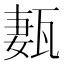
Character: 㼮